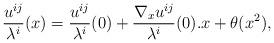
LaTeX: \begin{align*}\frac{u^{ij}}{\lambda^{i}}(x)=\frac{u^{ij}}{\lambda^{i}}(0)+\frac{\nabla_{x}u^{ij}}{\lambda^{i}}(0). x+\theta(x^{2}),\end{align*}